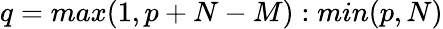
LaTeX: q=max(1,p+N-M):min(p,N)